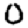
Digit: 0